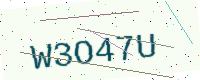
Text: W3O47U